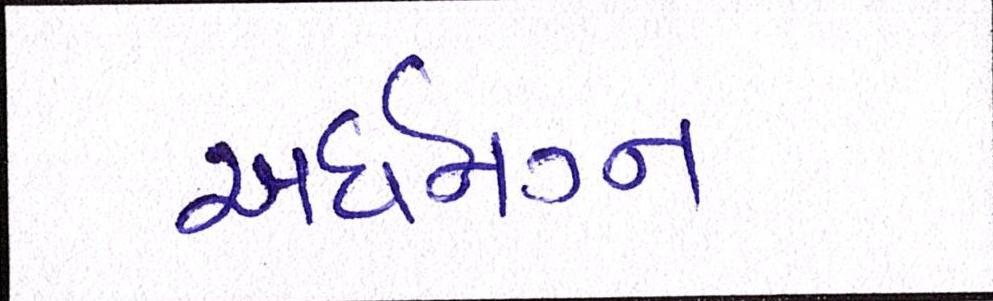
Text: અર્ધનગ્ન